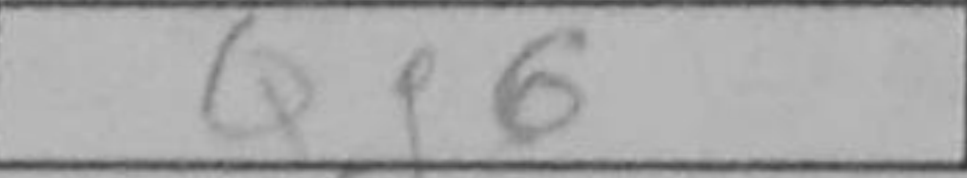
Transcription: Qg6